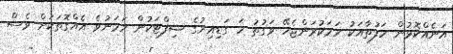
އަނެއްކޮޅުން ހަފުތާއަކު ހަމަކުރަންޖެހޭ ވަގުތު ހަ ގަޑިއިރުގެ ޝިފްޓަކުން ހަމަނުވެ އެއްގޮތަކަށް ވެސް